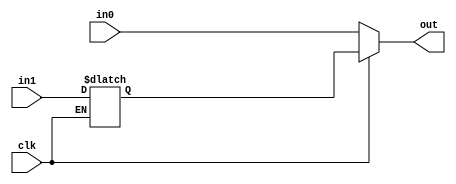
// This program was cloned from: https://github.com/aolofsson/oh
// License: MIT License

//#############################################################################
//# Function: Dual data rate output buffer                                    #
//# Copyright: OH Project Authors. All rights Reserved.                       #
//# License:  MIT (see LICENSE file in OH repository)                         #
//#############################################################################

module asic_oddr #(parameter PROP = "DEFAULT")  (
   input  clk, // clock input
   input  in0, // data for clk=0
   input  in1, // data for clk=1
   output out  // dual data rate output
   );

   //Making in1 stable for clk=1
   reg 	  in1_sh;
   always @ (clk or in1)
     if(~clk)
       in1_sh <= in1;

   //Using clock as data selctor
   assign out = clk ? in1_sh : in0;

endmodule